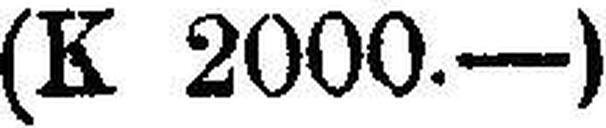
(K 2000.—)